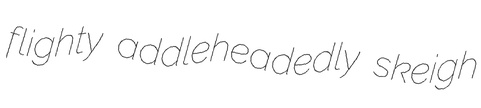
flighty addleheadedly skeigh